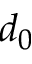
d _ { 0 }